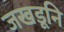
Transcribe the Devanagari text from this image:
जखडूनि